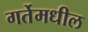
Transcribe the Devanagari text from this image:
गर्तेमधील